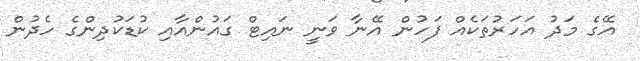
އޭގެ މަދު އަހަރުތަކެއް ފަހުން އޭނާ ވަނީ ނައިޓް ގައުންއާއި ކުޑަކުދިންގެ ހެދުން